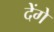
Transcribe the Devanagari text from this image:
देेंगे